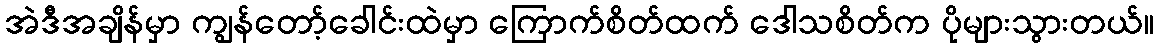
အဲဒီအချိန်မှာ ကျွန်တော့်ခေါင်းထဲမှာ ကြောက်စိတ်ထက် ဒေါသစိတ်က ပိုများသွားတယ်။